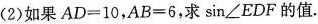
(2)如果$$AD=10$$，$$AB=6$$，求\sin∠EDF的值。